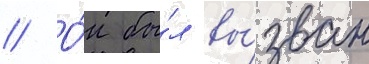
// О́н бы́л вы́зван